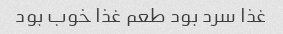
غذا سرد بود طعم غذا خوب بود